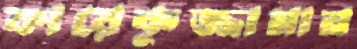
ফায়েকুজ্জামান